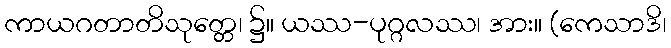
ကာယဂတာတိသုတ္တေ၊ ၌။ ယဿ-ပုဂ္ဂလဿ၊ အား။ (ကေသာဒိ၊